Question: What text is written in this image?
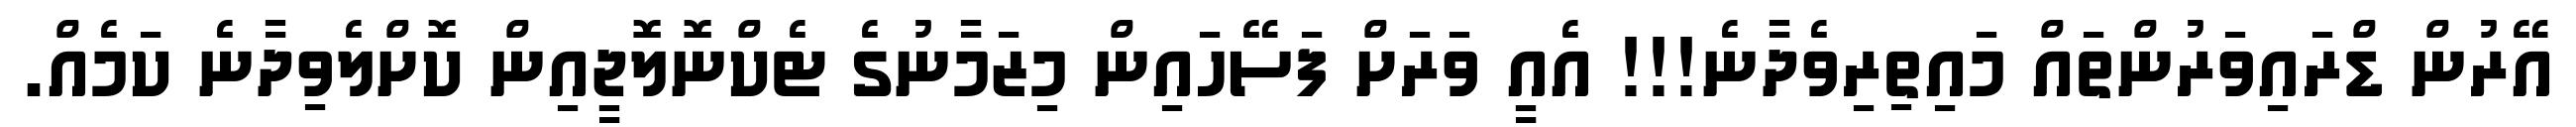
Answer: އޭރުން ޑްރައިވަރުންތައް މައިތިރިވެދާނެ!!! އެއީ ވަރަށް ފަސޭހައިން މިޒަމާނުގެ ޓެކްނޮލޮޖީއިން ކޮށްލެވިދާނެ ކަމެއް.